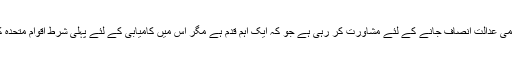
مودی سرکار کے اس غیر قانونی یکطرفہ اقدام کے خلاف حکومت پاکستان عالمی عدالت انصاف جانے کے لئے مشاورت کر رہی ہے جو کہ ایک اہم قدم ہے مگر اس میں کامیابی کے لئے پہلی شرط اقوام متحدہ کے چارٹر کے ارٹیکل ۳۶کے تحت دونوں فریقین کا راضی ہونا ضروری ہے۔